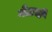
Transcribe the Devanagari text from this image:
नेटाची